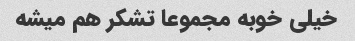
خیلی خوبه مجموعا تشکر هم میشه